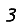
Digit: 3